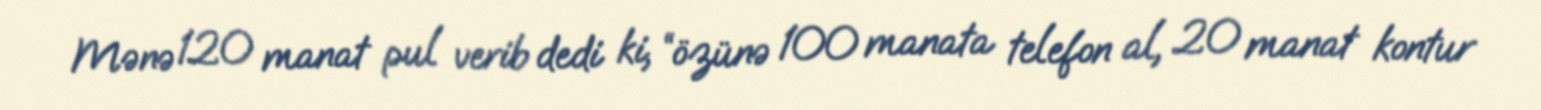
Mənə 120 manat pul verib dedi ki, “özünə 100 manata telefon al, 20 manat kontur